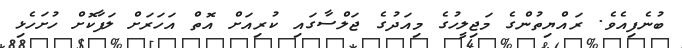
ބުނެފިއެވެ. ރައްޔިތުންގެ މަޖިލީހުގެ މިއަދުގެ ޖަލްސާގައި ކުރިއަށް އޮތް އަހަރަށް ލަފާކޮށް ހުށަހެޅި